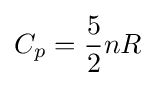
C_{p}={\frac {5}{2}}nR